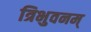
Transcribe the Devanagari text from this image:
त्रिभुवनम्